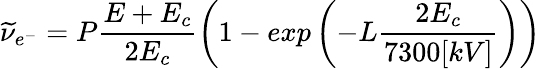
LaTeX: \widetilde{\nu}_{e^{-}}=P\frac{E+E_{c}}{2E_{c}}\left(1-exp\left(-L\frac{2E_{c}}{7300[kV]}\right)\right)